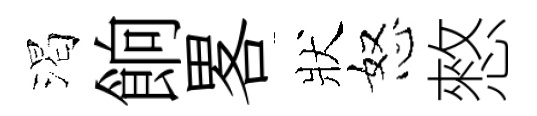
渴餉畧狀怒憗